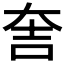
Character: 𮰵